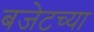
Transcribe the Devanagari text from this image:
बजेटच्या